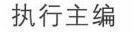
执行主编